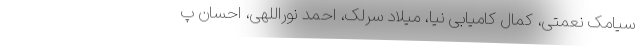
سیامک نعمتی، کمال کامیابی نیا، میلاد سرلک، احمد نوراللهی، احسان پ